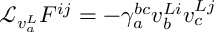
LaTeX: { \mathcal L } _ { v _ { a } ^ { L } } F ^ { i j } = - \gamma _ { a } ^ { b c } v _ { b } ^ { L i } v _ { c } ^ { L j }